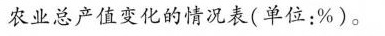
农业总产值变化的情况表(单位：%)。